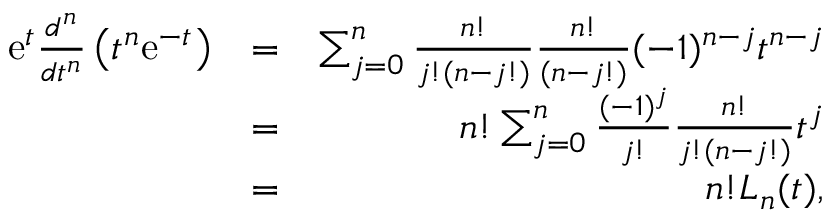
\begin{array} { r l r } { \mathrm { e } ^ { t } \frac { d ^ { n } } { d t ^ { n } } \left( t ^ { n } \mathrm { e } ^ { - t } \right) } & { = } & { \sum _ { j = 0 } ^ { n } \frac { n ! } { j ! ( n - j ! ) } \frac { n ! } { ( n - j ! ) } ( - 1 ) ^ { n - j } t ^ { n - j } } \\ & { = } & { n ! \sum _ { j = 0 } ^ { n } \frac { ( - 1 ) ^ { j } } { j ! } \frac { n ! } { j ! ( n - j ! ) } t ^ { j } } \\ & { = } & { n ! L _ { n } ( t ) , } \end{array}